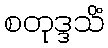
စတုဒ္ဒသိံ